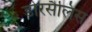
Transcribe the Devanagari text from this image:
डोरसैलिस